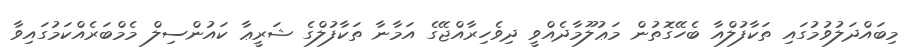
މިބައްދަލުވުމުގައި ތަކާފުލްއާ ބެހޭގޮތުން މަޢުލޫމާދެއްވީ ދިވެހިރާއްޖޭގެ އަމާނާ ތަކާފުލްގެ ޝަރީޢާ ކައުންސިލް މެމްބަރެއްކަމުގައިވާ